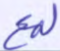
لمع